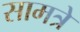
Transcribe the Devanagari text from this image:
सामत्रे